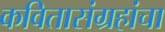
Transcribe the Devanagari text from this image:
कवितासंग्रहांचा